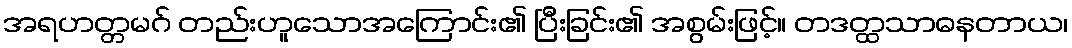
အရဟတ္တမဂ် တည်းဟူသောအကြောင်း၏ ပြီးခြင်း၏ အစွမ်းဖြင့်။ တဒတ္ထသာဓနတာယ၊